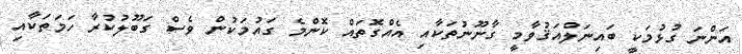
އަންނަ ގުޅުމަކީ ބައިނަލްއަޤުވާމީ ގާނޫނުތަކާއި އެއްގޮތައް ކޮންމެ ގައުމަކުން ވެސް ގަބޫލުކުރާ ހަމަތަކާއި